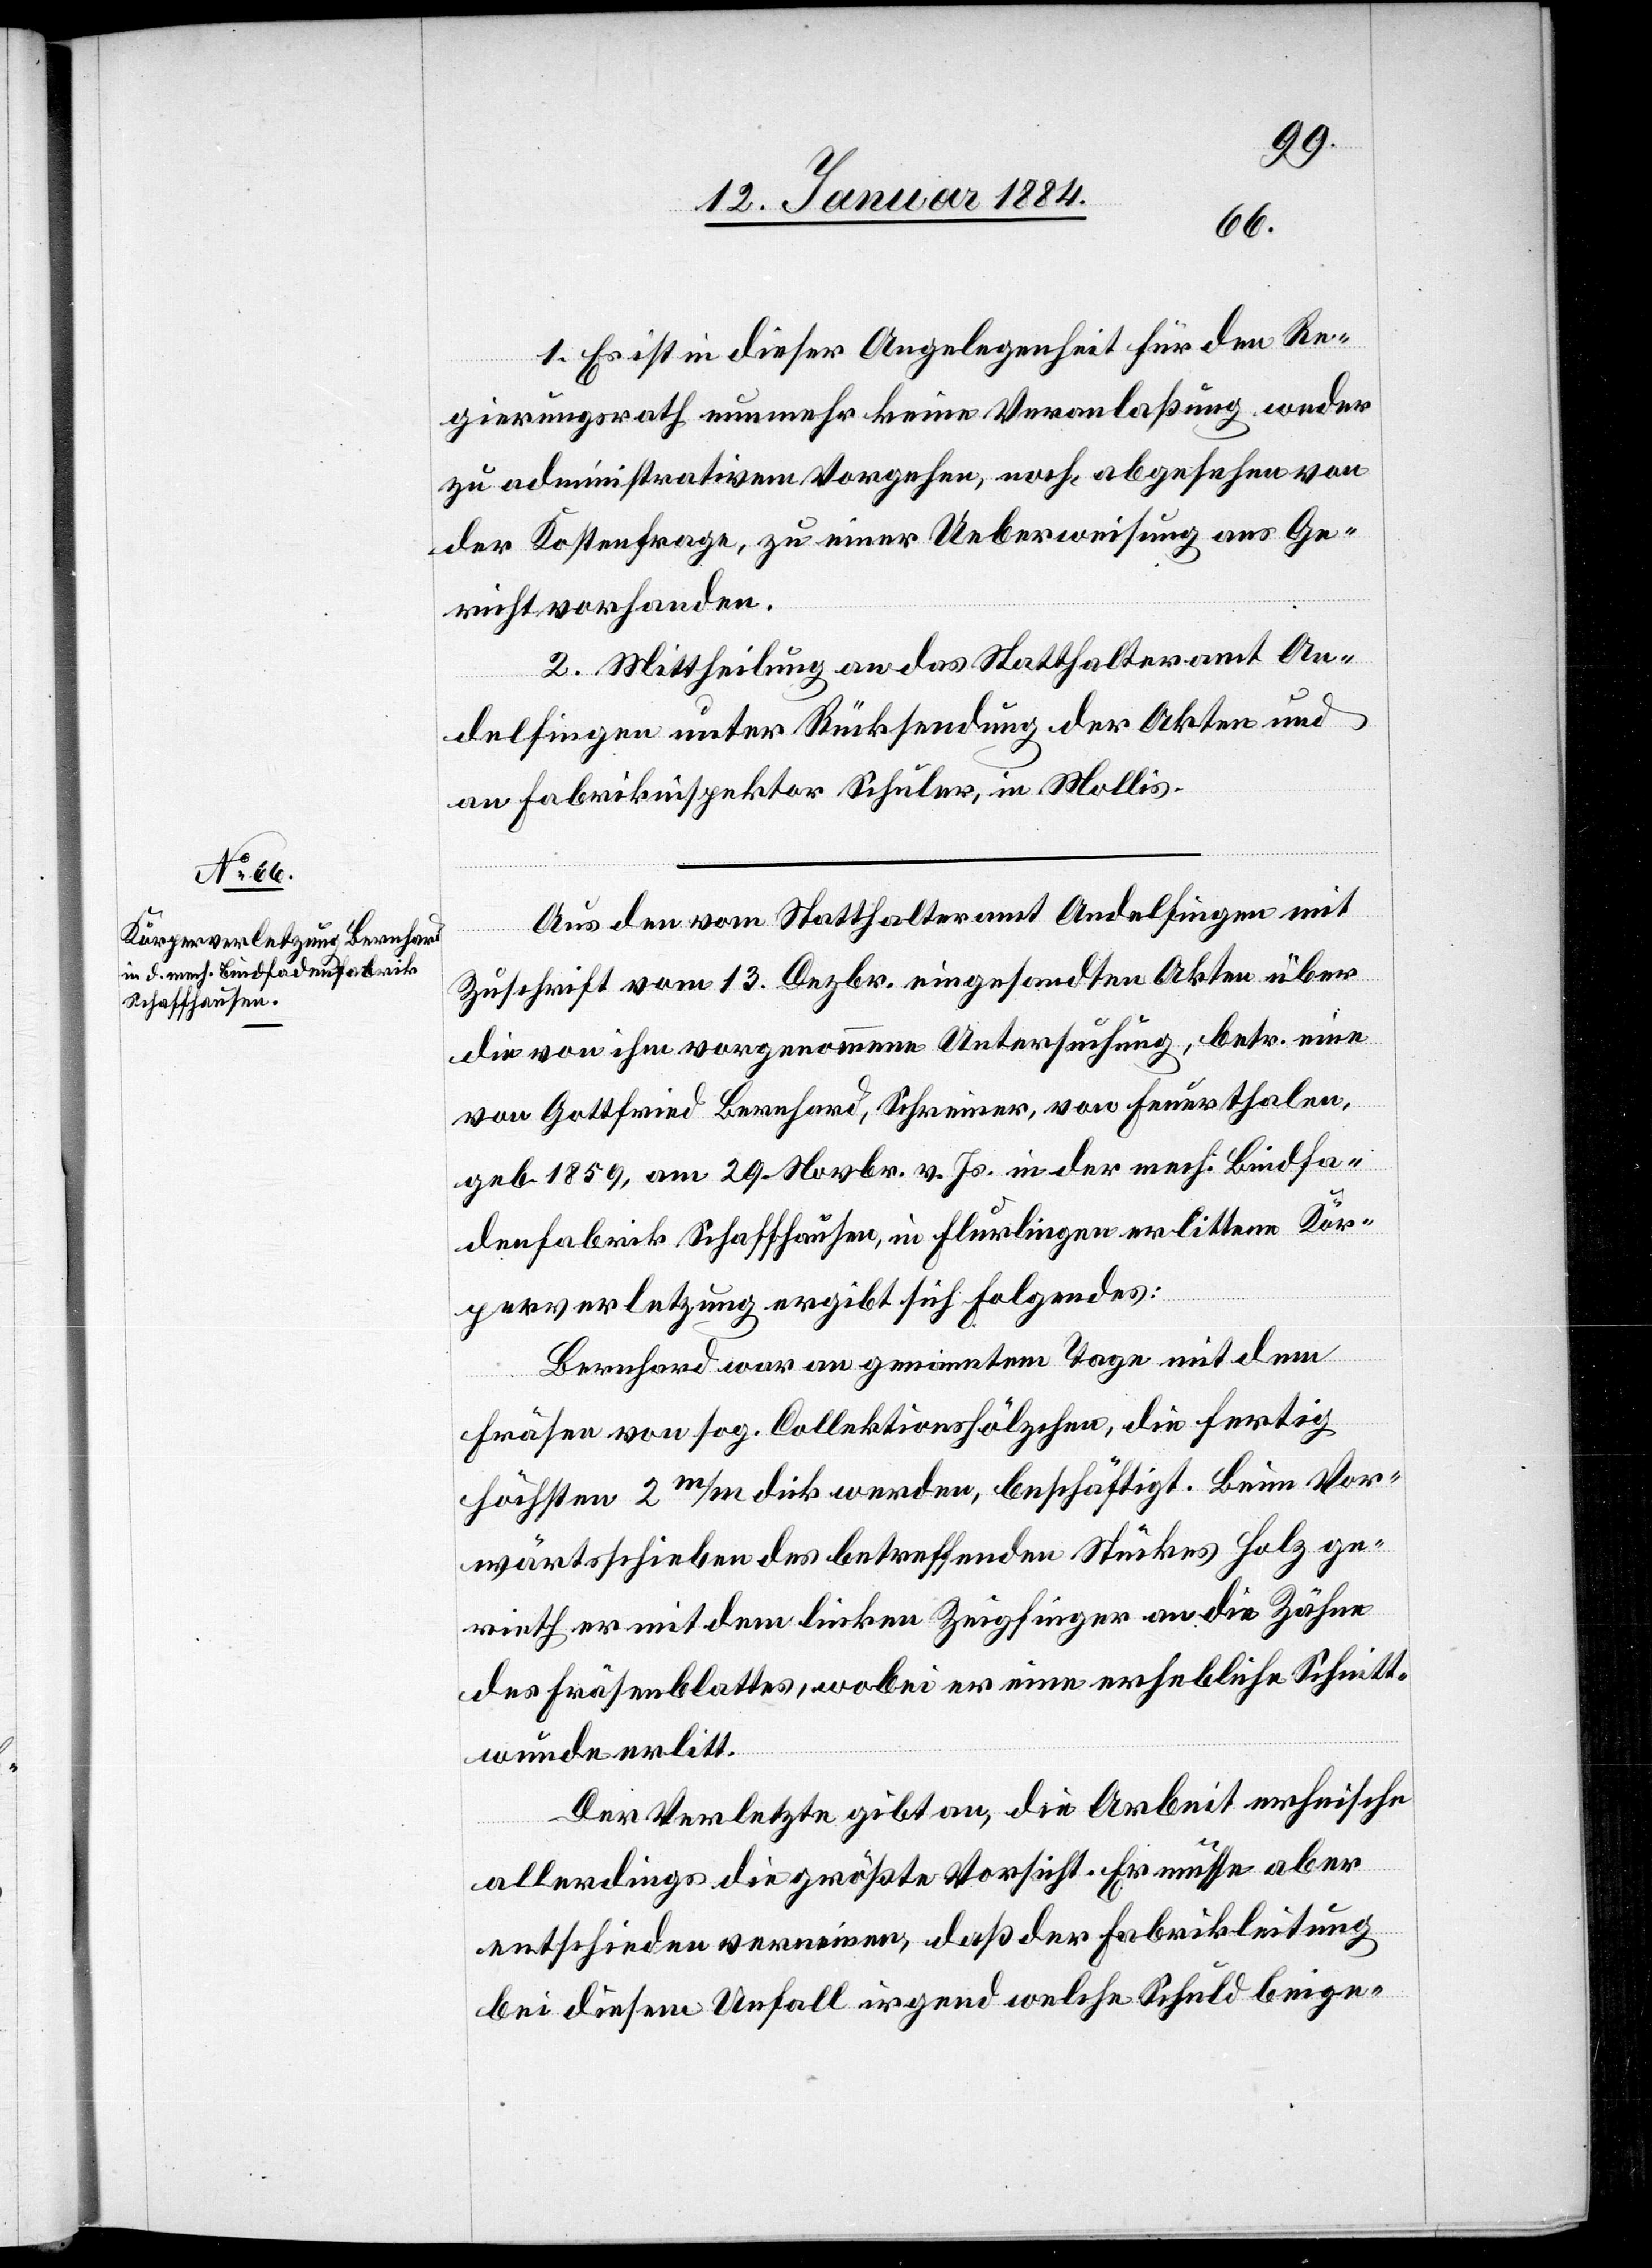
1. Es ist in dieser Angelegenheit für den Re¬
gierungsrath nunmehr keine Veranlaßung weder
zu administrativem Vorgehen, noch, abgesehen von
der Kostenfrage, zu einer Ueberweisung ans Ge¬
richt vorhanden.
2. Mittheilung an das Statthalteramt An¬
delfingen unter Rücksendung der Akten und
an Fabrikinspektor Schuler, in Mollis.
Aus den vom Statthalteramt Andelfingen mit
Zuschrift vom 13. Dezbr. eingesandten Akten über
die von ihm vorgenommene Untersuchung, betr. eine
von Gottfried Bernhard, Schreiner, von Feuerthalen,
geb. 1859, am 29. Novbr. v. Js. in der mech. Bindfa¬
denfabrik Schaffhausen, in Flurlingen erlittene Kör¬
perverletzung, ergibt sich Folgendes:
Bernhard war an genanntem Tage mit dem
Fräsen von sog. Collektionshölzchen, die fertig
höchstens 2m/m dick werden, beschäftigt. Beim Vor¬
wärtsschieben des betreffenden Stückes Holz ge¬
rieth er mit dem linken Zeigfinger an die Zähne
des Fräsenblattes, wobei er eine erhebliche Schnitt¬
wunde erlitt.
Der Verletzte gibt an, die Arbeit erheische
allerdings die größte Vorsicht. Er müsse aber
entschieden verneinen, daß der Fabrikleitung
bei diesem Unfall irgend welche Schuld beige-